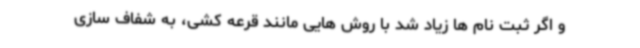
و اگر ثبت نام ها زیاد شد با روش هایی مانند قرعه کشی، به شفاف سازی